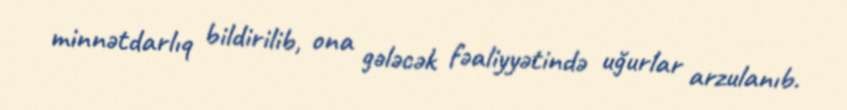
minnətdarlıq bildirilib, ona gələcək fəaliyyətində uğurlar arzulanıb.